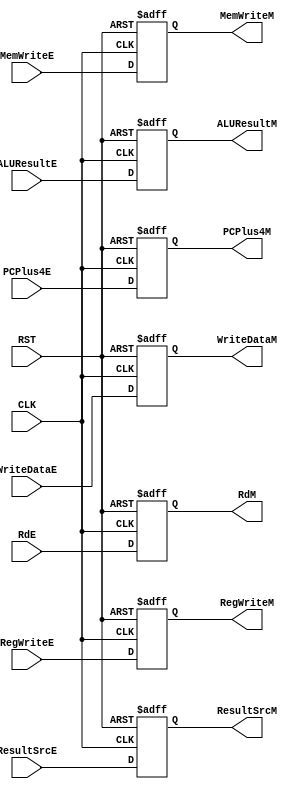
/*
   Created by : Mohamed Hazem Mamdouh
   12-08-2023
   7:30 PM
 */
//***************  Register of Memory R/W  ***************//
module REG_M (
            input  wire        CLK         ,
            input  wire        RST         ,
            input  wire        RegWriteE   ,
            input  wire [1:0]  ResultSrcE  ,
            input  wire        MemWriteE   ,
            input  wire [31:0] ALUResultE  ,
            input  wire [31:0] WriteDataE  ,
            input  wire [4:0]  RdE         ,
            input  wire [31:0] PCPlus4E    ,
            output reg         RegWriteM   ,
            output reg  [1:0]  ResultSrcM  ,
            output reg         MemWriteM   ,
            output reg  [31:0] ALUResultM  ,
            output reg  [31:0] WriteDataM  ,
            output reg  [4:0]  RdM         ,
            output reg  [31:0] PCPlus4M    
              
    );
  
  always @(posedge CLK or negedge RST)
  begin
   if(!RST)
   begin
   RegWriteM    <= 1'b0   ;
   ResultSrcM   <= 2'b0   ;
   MemWriteM    <= 1'b0   ;
   ALUResultM   <= 32'b0  ;
   WriteDataM   <= 32'b0  ;
   RdM          <= 5'b0   ;
   PCPlus4M     <= 32'b0  ; 
   end
   else
   begin
   RegWriteM    <= RegWriteE   ;
   ResultSrcM   <= ResultSrcE  ;
   MemWriteM    <= MemWriteE   ;
   ALUResultM   <= ALUResultE  ;
   WriteDataM   <= WriteDataE  ;
   RdM          <= RdE         ;
   PCPlus4M     <= PCPlus4E    ;  
   end
   end	

endmodule